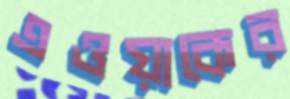
এওয়াকের